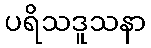
ပရိသဒူသနာ